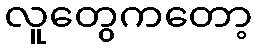
လူတွေကတော့